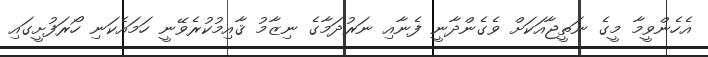
އެހެންވީމާ މީގެ ނަތީޖާއަކަށް ވެގެންދާނީ ފެނާއި ނަރުދަމާގެ ނިޒާމު ޤާއިމުކުރެވޭނީ ހަމައެކަނި ހޯރަފުށީގައި